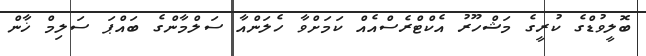
ބޮލީވުޑްގެ ކުރީގެ މަޝްހޫރު އެކްޓްރެސްއެއް ކަމަށްވާ ހެލަންއާ ސަލްމާންގެ ބައްޕަ ސަލިމް ޚާން